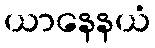
ယာနေနယံ